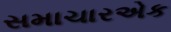
સમાચારએક